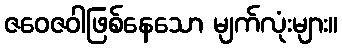
ဇဝေဇဝါဖြစ်နေသော မျက်လုံးများ။